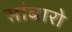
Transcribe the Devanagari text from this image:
सांबारो